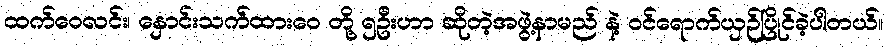
ထက်ဝေလင်း၊ နှောင်းသက်ထားဝေ တို့ ၅ဦးဟာ ဆိုတဲ့အဖွဲ့နာမည် နဲ့ ဝင်ရောက်ယှဉ်ပြိုင်ခဲ့ပါတယ်။